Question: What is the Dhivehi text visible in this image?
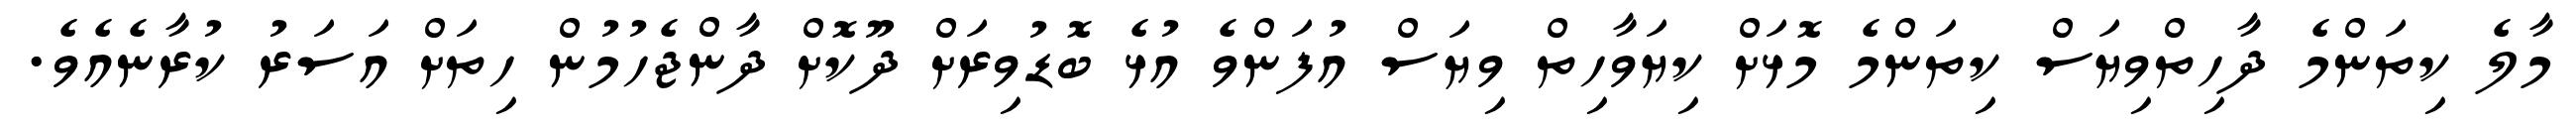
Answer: މާލެ ކިތަންމެ ދާހިތްވިޔަސް ކިތަންމެ މޮޅަށް ކިޔަވާހިތް ވިޔަސް އުފަންވެ އުޅެ ބޮޑުވިރަށް ދޫކޮށް ދާންޖެހުމުން ހިތަށް އަސަރު ކުރާނެއެވެ.